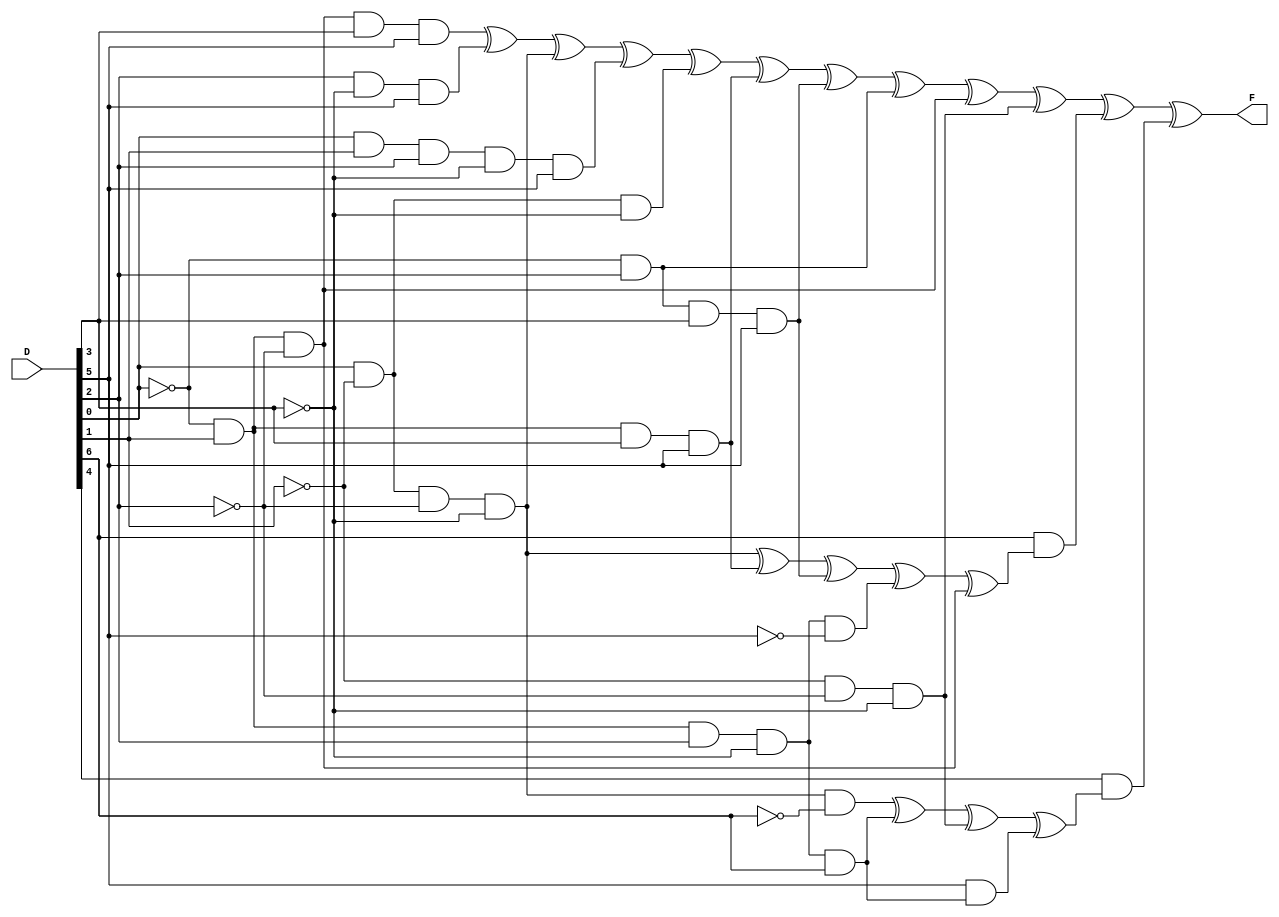
/*
* Name: Le Thien Nam Nguyen
* NSID: nln157
* Student #: 11161522
*/

module parity_davio( D, F );

input [6:0] D;
output F;

wire f6_0;
wire f6_2;
wire f5_0;
wire f5_2;

assign f6_0 = 	( ~D[0] &  D[1] & ~D[2] &  D[3] & D[5] ) ^
					(  D[2] & ~D[3] &  D[5] ) ^
					(  D[0] & ~D[1] & ~D[2] & ~D[3] ) ^
					(  D[0] &  D[1] &  D[2] & ~D[3] & D[5] ) ^
					(  D[0] & ~D[1] & ~D[3]) ^ 
					( ~D[0] &  D[1] &  D[3] & D[5] ) ^ 
					( ~D[0] &  D[2] &  D[3] & D[5] ) ^ 
					( ~D[0] &  D[2] ) ^ 
					( ~D[0] &  D[1] & ~D[2] ) ^ 
					( ~D[1] & ~D[2] & ~D[3] );
	
assign f6_2 = 	(  D[0] & ~D[1] & ~D[2] & ~D[3] ) ^
					( ~D[0] &  D[1] &  D[3] &  D[5] ) ^ 
					( ~D[0] &  D[2] &  D[3] &  D[5] ) ^ 
					( ~D[0] &  D[1] &  D[2] & ~D[3] & ~D[5] ) ^
					( ~D[0] &  D[1] & ~D[2] );

assign f5_0 = 	(  D[0] & ~D[1] & ~D[2] & ~D[3] & ~D[6] ) ^
					( ~D[0] &  D[1] &  D[2] & ~D[3] &  D[6] ) ^
					( ~D[1] & ~D[2] & ~D[3] );

assign f5_2	= 	( ~D[0] & D[1] & D[2] & ~D[3] & D[6] );
	
assign F 	= 	f6_0 ^ ( D[6] & f6_2 ) ^ ( D[4] & ( f5_0 ^ (D[5] & f5_2) ) );


endmodule